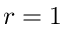
r = 1